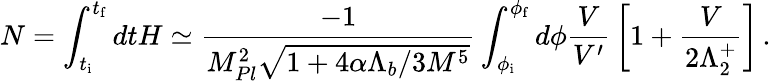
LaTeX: N=\int_{t_{\mathrm{i}}}^{t_{\mathrm{f}}}dtH\simeq\frac{-1}{M_{Pl}^{2}\sqrt{1+4\alpha\Lambda_{b}/3M^{5}}}\int_{\phi_{\mathrm{i}}}^{\phi_{\mathrm{f}}}d\phi{\frac{V}{V^{\prime}}}\left[1+{\frac{V}{2\Lambda_{2}^{+}}}\right]\, .